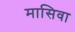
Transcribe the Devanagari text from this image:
मासिवा